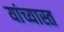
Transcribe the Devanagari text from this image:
यांच्यास्त